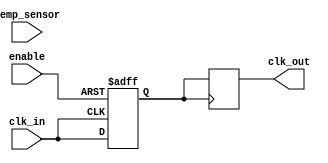
module TempCompClockBuffer (
    input wire clk_in,           // Input clock signal
    input wire [7:0] temp_sensor, // 8-bit temperature sensor input
    input wire enable,           // Enable signal for power management
    output reg clk_out          // Buffered output clock signal
);

    // Parameters for compensation (these would typically be defined based on the specific application)
    parameter TEMP_THRESHOLD = 8'd25; // Example threshold temperature
    parameter DELAY_ADJUSTMENT = 2;     // Example delay adjustment value

    // Internal signals
    reg [1:0] delay_setting; // Delay setting based on temperature
    reg clk_buf;             // Buffered clock signal

    // Clock buffer logic
    always @(posedge clk_in or negedge enable) begin
        if (!enable) begin
            clk_buf <= 1'b0; // Disable output clock when not enabled
        end else begin
            // Adjust delay based on temperature
            if (temp_sensor > TEMP_THRESHOLD) begin
                delay_setting <= DELAY_ADJUSTMENT; // Increase delay for higher temperatures
            end else begin
                delay_setting <= 2'b00; // No adjustment for lower temperatures
            end
            
            // Generate buffered clock signal with delay adjustment
            clk_buf <= #delay_setting clk_in; // Simple delay model
        end
    end

    // Output clock assignment
    always @(posedge clk_buf) begin
        clk_out <= clk_buf; // Output the buffered clock
    end

endmodule